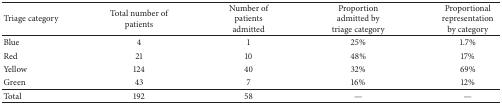
| Triage category | Total number of patients | Number of patientsadmitted | Proportion admitted by triage category | Proportional representation by category |
 | --- | --- | --- | --- | --- |
 | Blue | 4 | 1 | 25% | 1.7% |
 | Red | 21 | 10 | 48% | 17% |
 | Yellow | 124 | 40 | 32% | 69% |
 | Green | 43 | 7 | 16% | 12% |
 | Total | 192 | 58 | — | — |